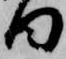
日